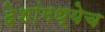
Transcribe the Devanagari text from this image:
देशांमध्येच